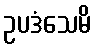
ဥပဒံသေမိ